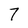
Character: 7